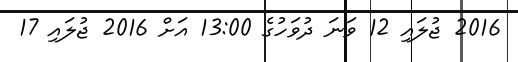
2016 ޖުލައި 12 ވަނަ ދުވަހުގެ 13:00 އަށް 2016 ޖުލައި 17